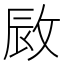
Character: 敐